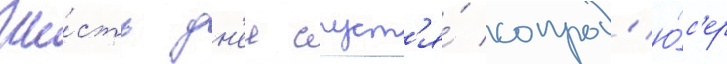
Ше́сть дн'еи спуст'я́ сопрод'ю́с'ер